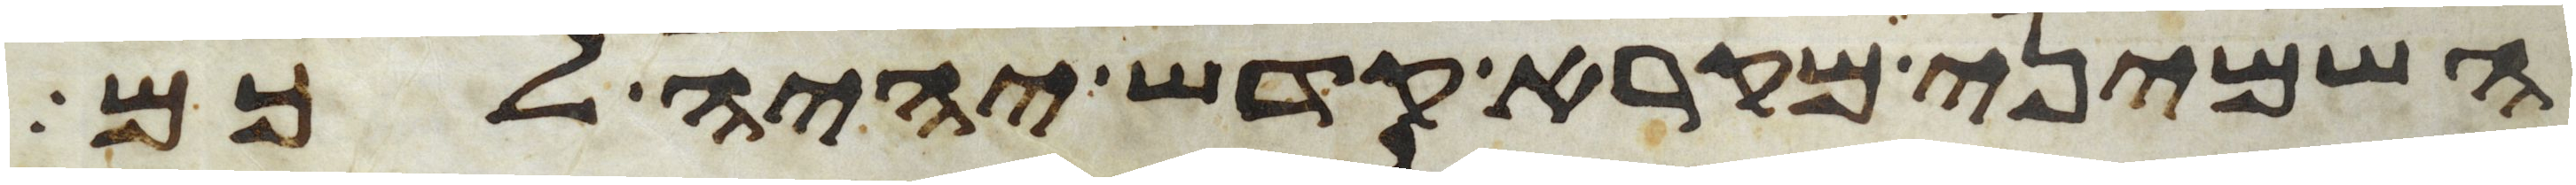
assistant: השמיני מקרא קדש יהיה לכם